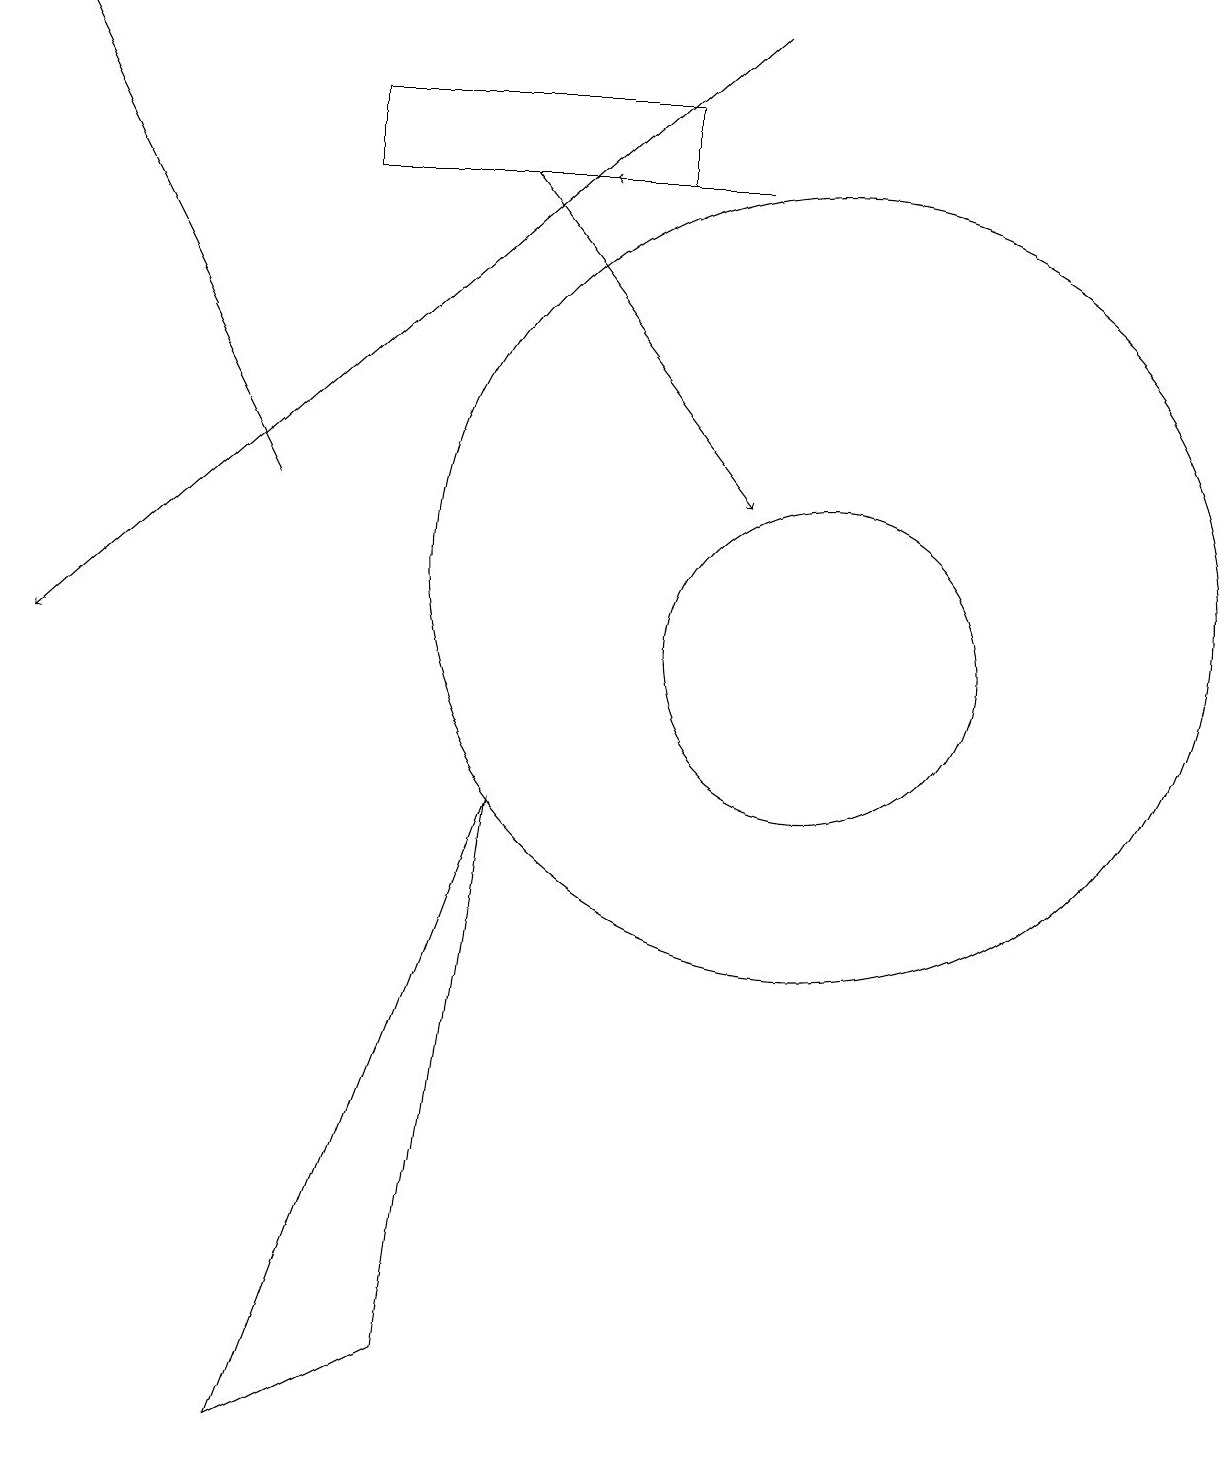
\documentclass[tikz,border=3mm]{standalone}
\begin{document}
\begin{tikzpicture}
\draw[->] (3,12) -- (0,18);
\draw[->] (9,18) -- (0,10);
\draw[->] (6,16) -- (9,12);
\draw[->] (9,16) -- (7,16);
\draw (3,0) -- (5,1) -- (6,8) -- cycle;
\draw (4,16) rectangle (8,17);
\draw (10,11) circle (5);
\draw (10,10) circle (2);
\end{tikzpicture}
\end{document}